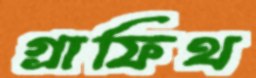
গ্রাফিথ